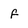
Character: f